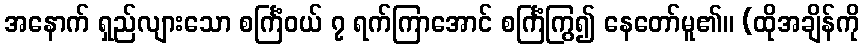
အနောက် ရှည်လျားသော စင်္ကြံဝယ် ၇ ရက်ကြာအောင် စင်္ကြံကြွ၍ နေတော်မူ၏။ (ထိုအချိန်ကို